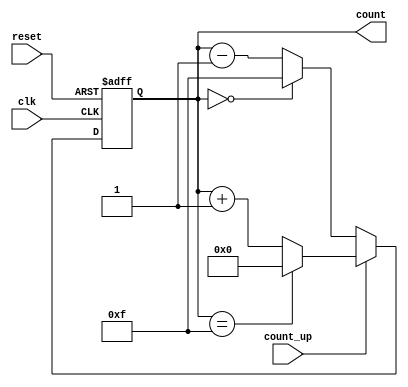
module multi_bit_counter #(
    parameter N = 4 // Bit width, default is 4 bits
)(
    input wire clk,              // Clock signal
    input wire reset,            // Asynchronous reset
    input wire count_up,         // Count up control signal
    output reg [N-1:0] count     // N-bit counter output
);

    // Maximum count value
    localparam MAX_COUNT = (1 << N) - 1;

    always @(posedge clk or posedge reset) begin
        if (reset) begin
            count <= 0; // Asynchronous reset to 0
        end else begin
            if (count_up) begin
                if (count == MAX_COUNT) begin
                    count <= 0; // Wrap around to 0
                end else begin
                    count <= count + 1; // Increment
                end
            end else begin
                if (count == 0) begin
                    count <= MAX_COUNT; // Wrap around to MAX_COUNT
                end else begin
                    count <= count - 1; // Decrement
                end
            end
        end
    end

endmodule